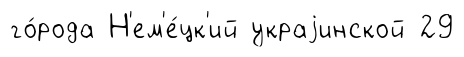
го́рода Н'ем'е́цк'ий украjинской 29